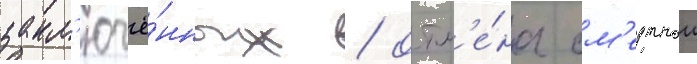
закл'ючё́нных / отм'е́на см'ертнои